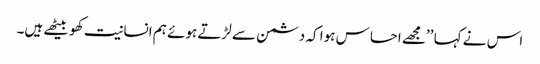
اس نے کہا ’’مجھے احساس ہوا کہ دشمن سے لڑتے ہوئے ہم انسانیت کھو بیٹھے ہیں۔